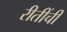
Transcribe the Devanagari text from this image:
रीतींची